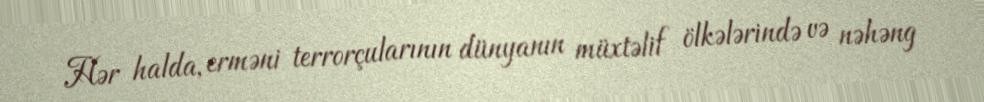
Hər halda, erməni terrorçularının dünyanın müxtəlif ölkələrində və nəhəng